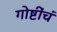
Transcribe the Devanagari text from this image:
गोष्टींचं